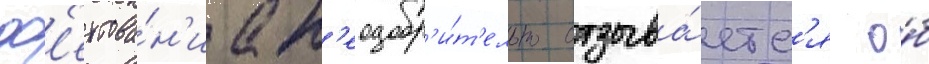
ф'ехтова́н'иа н'еодобр'и́т'ельно отзыва́етс'я о́б